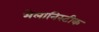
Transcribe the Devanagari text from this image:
मेलानिस्टीक